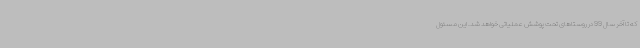
که تا آخر سال 99 در روستاهای‌ تحت پوشش عملیاتی خواهد شد. این مسئول